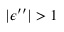
\vert \epsilon ^ { \prime \prime } \rvert > 1